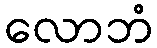
လောဘံ